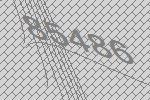
85486